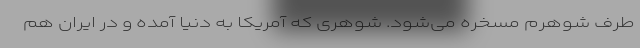
طرف شوهرم مسخره می‌شود. شوهری که آمریکا به دنیا آمده و در ایران هم